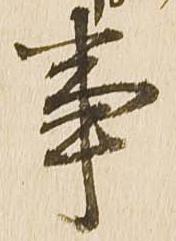
事